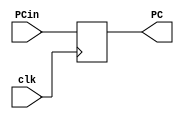
module RegPC (input [7:0]PCin, input clk, output reg[7:0]PC);
  
  always @ (posedge clk)
    PC = PCin;
  
endmodule